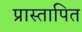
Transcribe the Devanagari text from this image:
प्रास्तापित